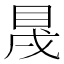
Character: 𥅛